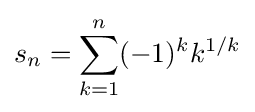
s_{n}=\sum _{k=1}^{n}(-1)^{k}k^{1/k}